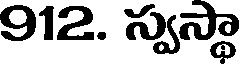
912. స్వస్థా